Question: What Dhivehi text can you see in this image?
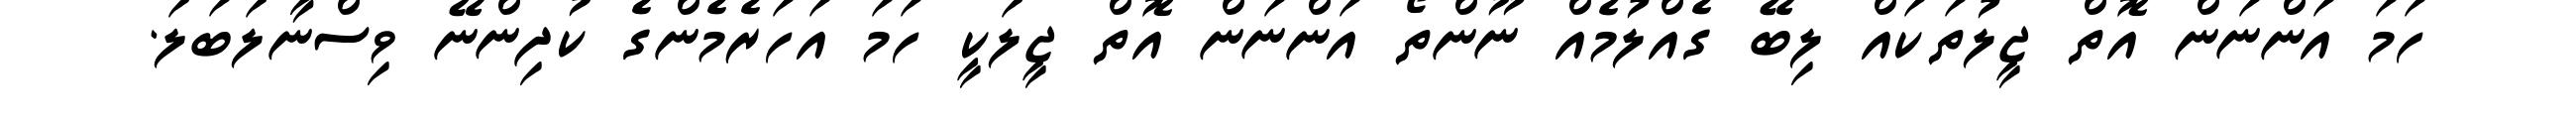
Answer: ހަމަ އަންނަން އޮތް ޖީލުތަކައް ލިބޭ ގެއްލުމެއް ނޫންތޯ އަންނަން އޮތް ޖީލަކީ ހަމަ އަހަރެމެންގެ ކުދިންނޭ ވިސްނާލަބަލަ.